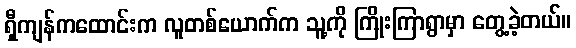
ရှီကျန်ကထောင်းက လူတစ်ယောက်က သူ့ကို ကြိုးကြာရွာမှာ တွေ့ခဲ့တယ်။